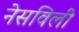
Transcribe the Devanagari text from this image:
नेसविलीं